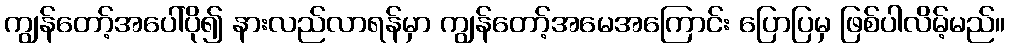
ကျွန်တော့်အပေါ်ပို၍ နားလည်လာရန်မှာ ကျွန်တော့်အမေအကြောင်း ပြောပြမှ ဖြစ်ပါလိမ့်မည်။